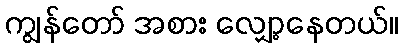
ကျွန်တော် အစား လျှော့နေတယ်။